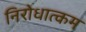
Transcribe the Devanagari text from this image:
निरोधात्कम